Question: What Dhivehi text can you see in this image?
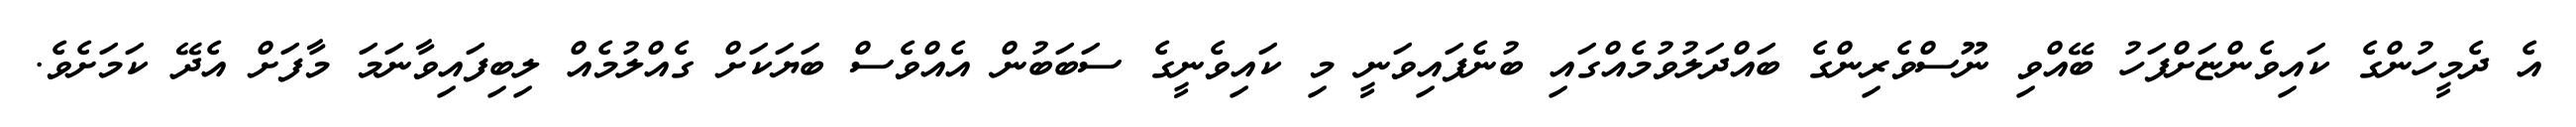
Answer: އެ ދެމީހުންގެ ކައިވެންޏަށްފަހު ބޭއްވި ނޫސްވެރިންގެ ބައްދަލުވުމެއްގައި ބުނެފައިވަނީ މި ކައިވެނީގެ ސަބަބުން އެއްވެސް ބަޔަކަށް ގެއްލުމެއް ލިބިފައިވާނަމަ މާފަށް އެދޭ ކަމަށެވެ.